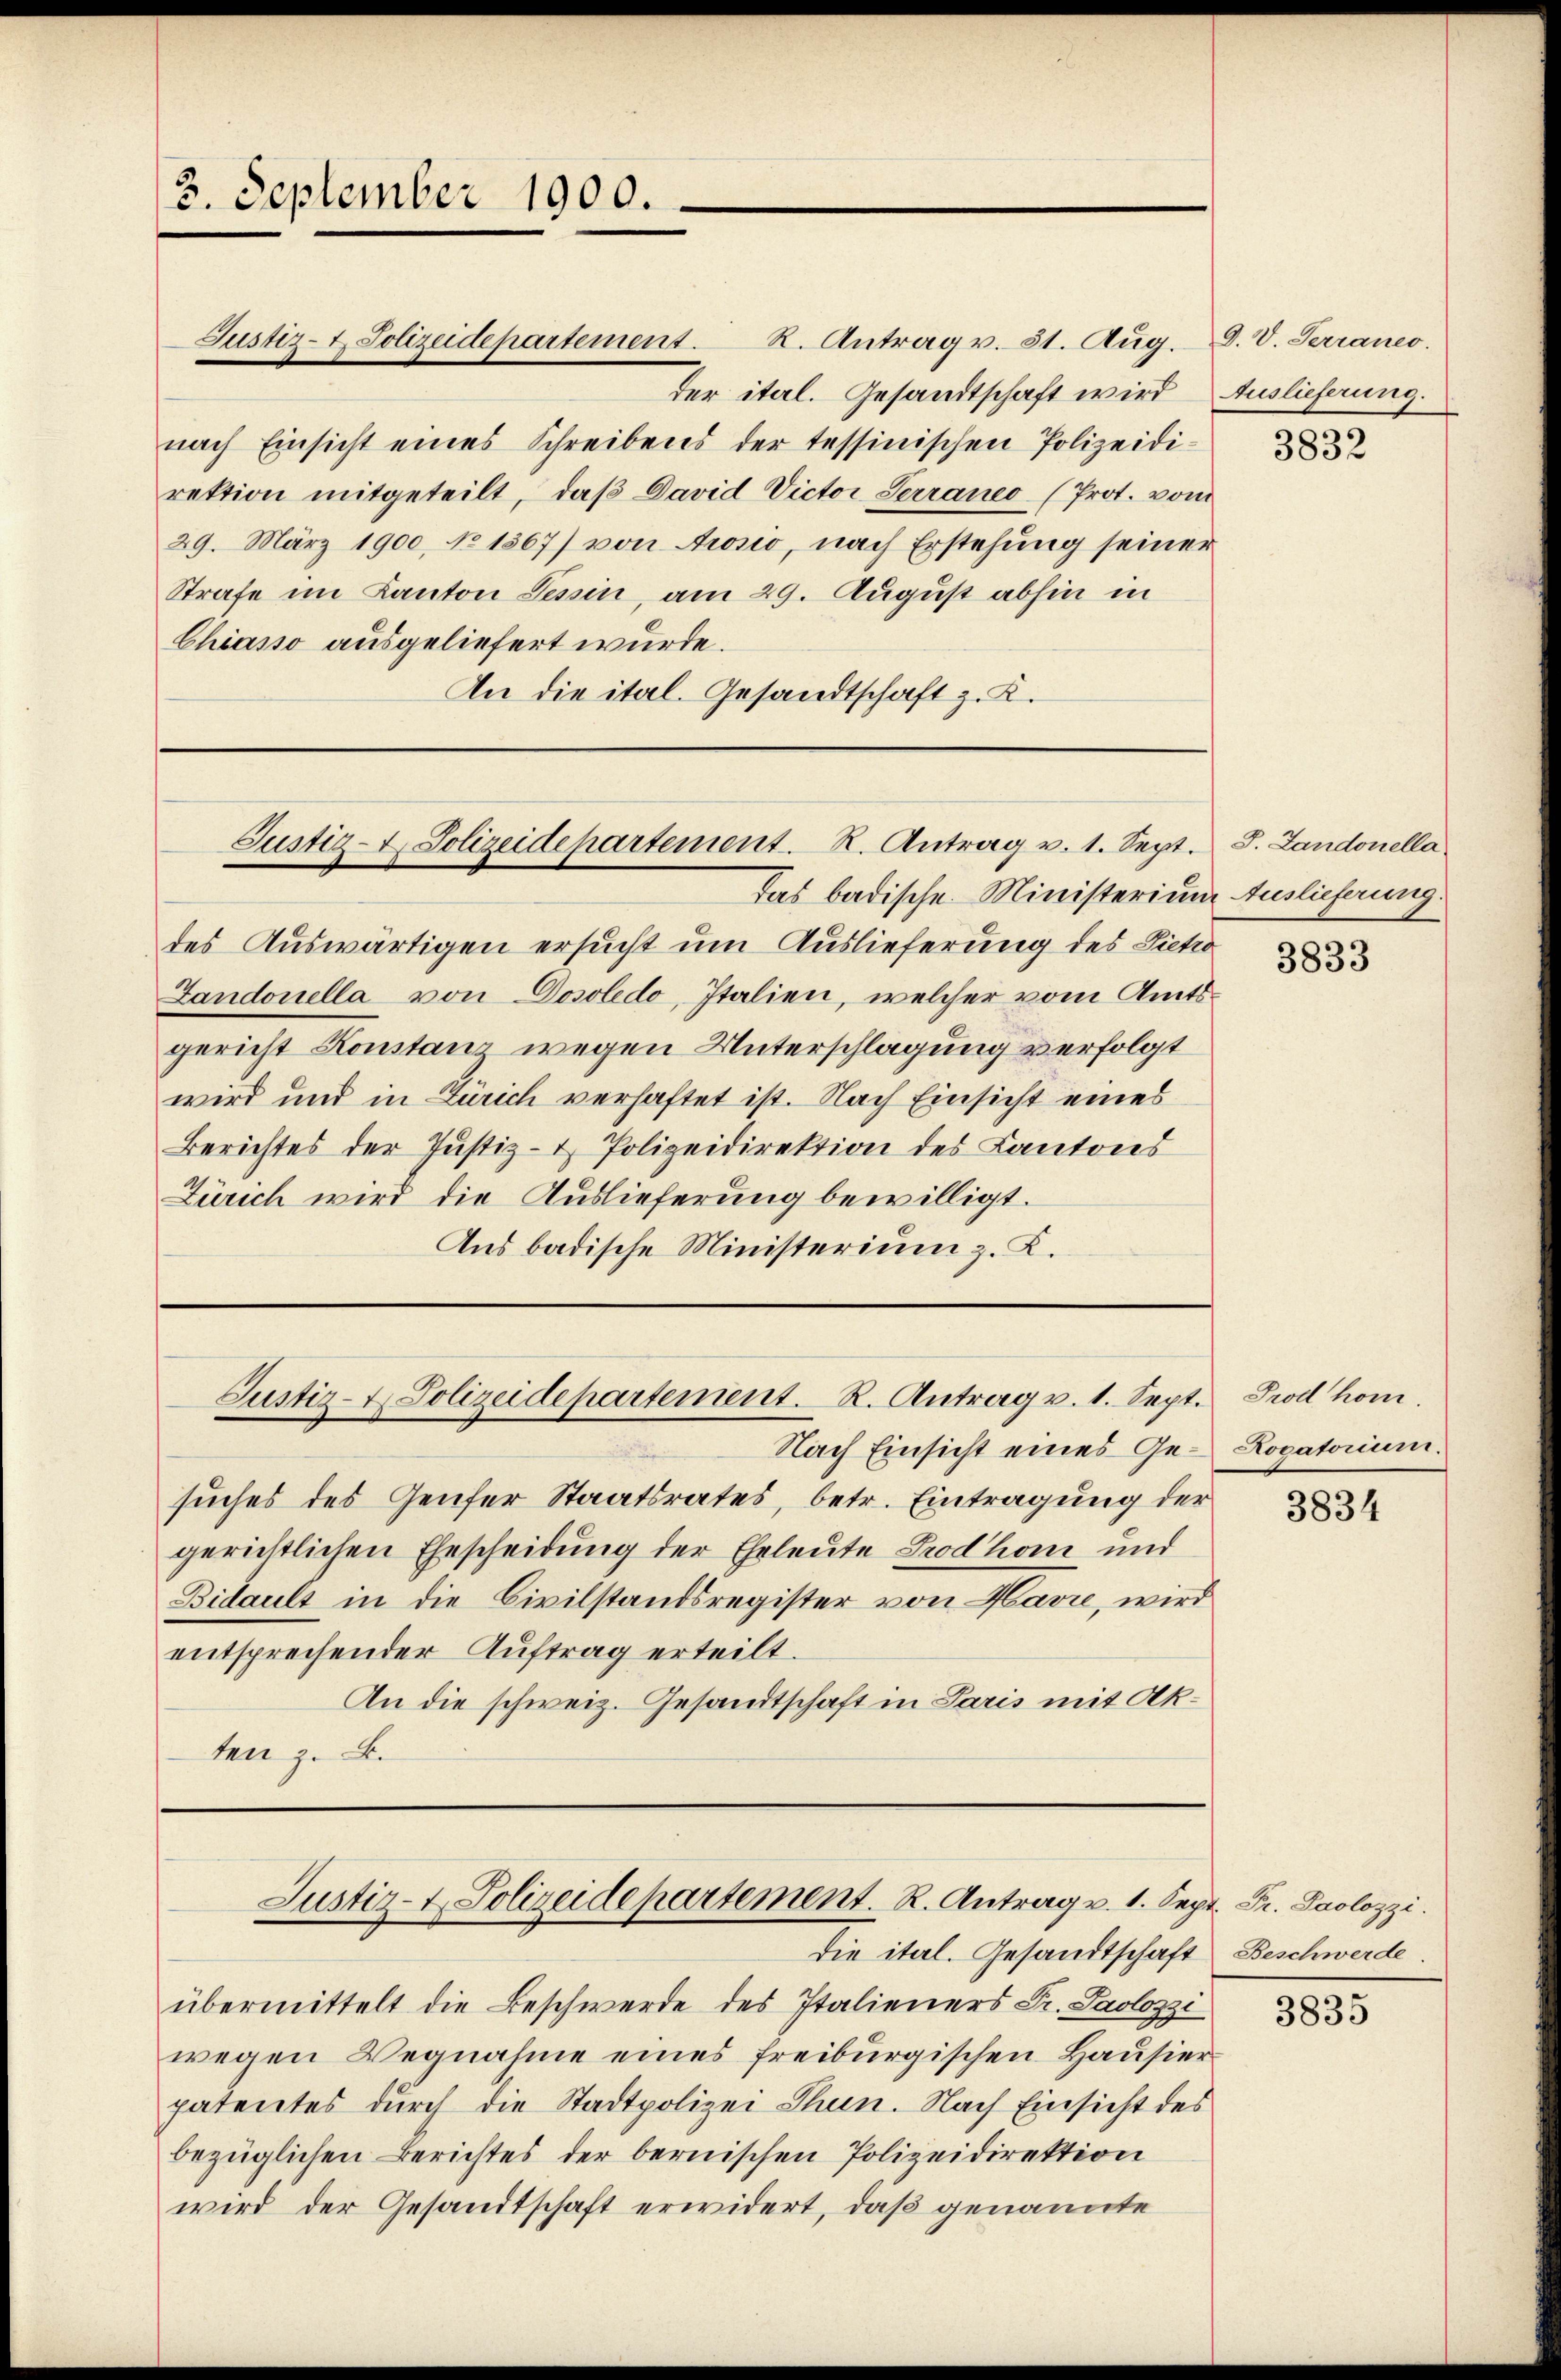
3. September 1900.

Justiz- & Polizeidepartement. K. Antrag v. 31. Aug. D. V. Serraneo.
der ital. Gesandtschaft wird Auslieferung.
nach Einsicht eines Schreibens der tessinischen Polizeidirektion mitgeteilt, daβ David Victor Serraneo (Prot. vom
29. März 1900, No 1367) von Aosio, nach Erstehung seiner
Strafe im Kanton Tessin, am 29. August abhin in
Chiasso ausgeliefert wurde.
An die ital. Gesandtschaft z. K.

Justiz- & Polizeidepartement. R. Antrag v. 1. Sept.

Das badische Ministerium Auslieferung.
des Auswärtigen ersucht um Auslieferung des Pietro
Landonella von Dosoledo, Italien, welcher vom Amtsgericht Konstanz wegen Unterschlagung verfolgt
wird und in Zürich verhaftet ist. Nach Einsicht eines
Berichtes der Justiz- & Polizeidirektion des Kantons
Zürich wird die Auslieferung bewilligt.
Aus badische Ministerium z. K.

Justiz- & Polizeidepartement. R. Antrag v. 1. Sept.

Nach Einsicht eines Ge- Rogatorium.
suches des Genfer Staatsrates, betr. Eintragung der
gerichtlichen Ehescheidung der Eheleute Prodhon und
Bidault in die Civilstandsregister von Havre, wird
entsprechender Auftrag erteilt.
An die schweiz. Gesandtschaft in Paris mit Akten z. B.

Justiz- & Polizeidepartement. R. Antrag v. 1. Sept. Dr. Paolozzi.
Die itel. Gesandtschaft Beschwerde.

übermittelt die Beschwerde des Italieners Dr. Saolozzi
wegen Wegnahme eines freiburgischen Hausierpatentes durch die Stadtpolizei Thun. Nach Einsicht des
bezüglichen Berichtes der bernischen Polizeidirektion
wird der Gesandtschaft erwidert, daß genannte

3832

J. Landonella

3833

Prod hom.

3834

3835